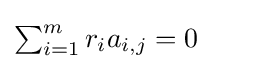
{\textstyle \sum _{i=1}^{m}r_{i}a_{i,j}=0\qquad }